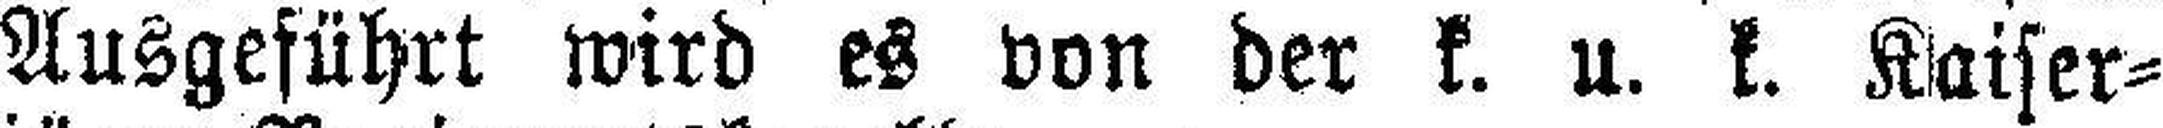
Ausgeführt wird es von der k. u. k. Kaiser¬